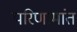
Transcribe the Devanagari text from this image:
परिणामांत